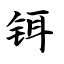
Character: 铒